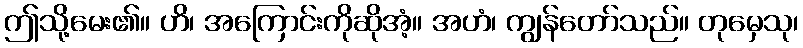
ဤသို့မေး၏။ ဟိ၊ အကြောင်းကိုဆိုအံ့။ အဟံ၊ ကျွန်တော်သည်။ တုမှေသု၊